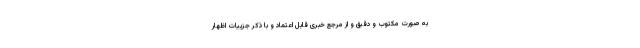
به صورت مکتوب و دقیق و از مرجع خبری قابل اعتماد و با ذکر جزییات اظهار